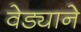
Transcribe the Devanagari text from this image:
वेड्याने